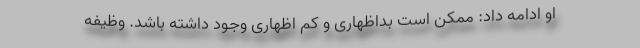
او ادامه داد: ممکن است بداظهاری و کم اظهاری وجود داشته باشد. وظیفه